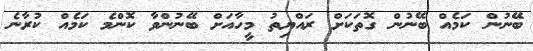
ބޭނުން ކަމެއް ބޭނުން ގޮތަކަށް ރައްޔިތު މީހާއަށް ބޭނުންވާ ކޮންމެ ކަމެއް ކުރާނެ